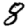
Digit: 8